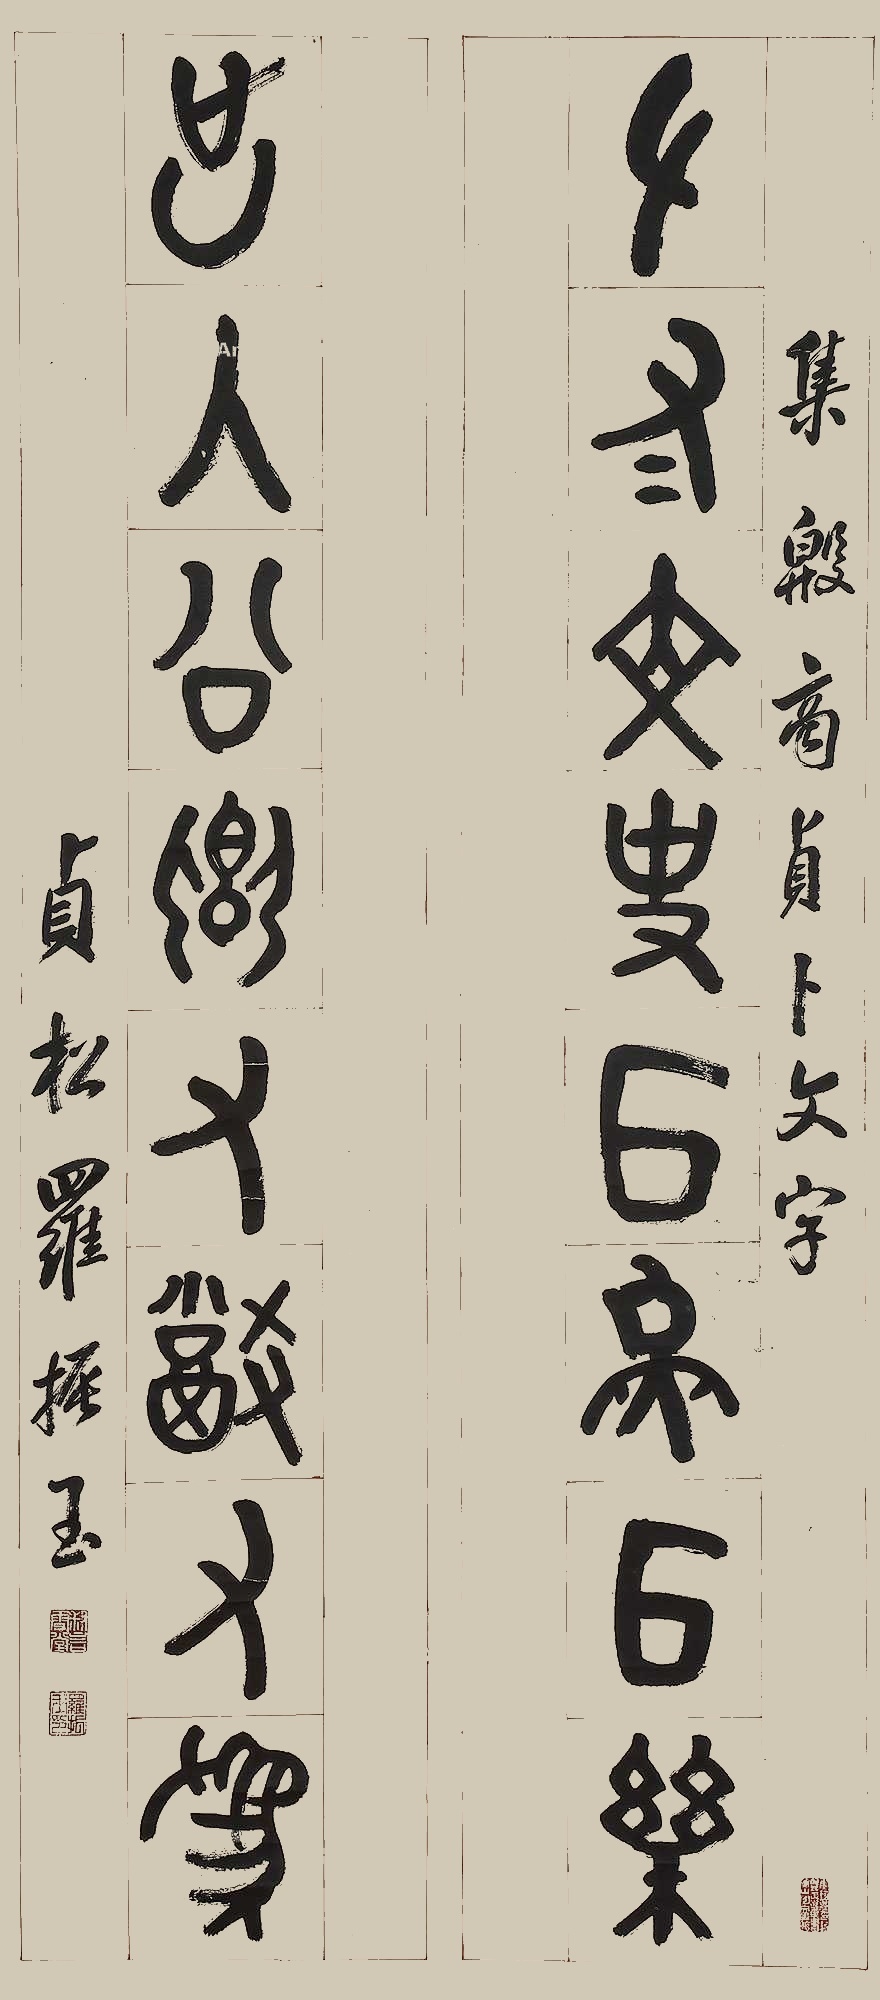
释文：左右文史，以燕以乐；出入公卿，有猷有为。集殷商贞卜文字，贞松罗振玉。